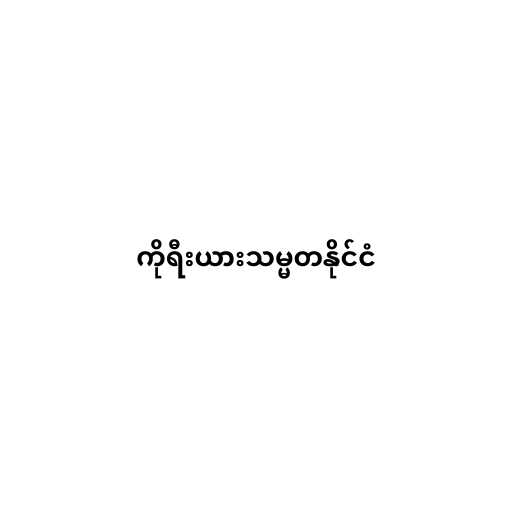
ကိုရီးယားသမ္မတနိုင်ငံ